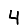
Digit: 4